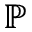
\mathbb { P }